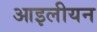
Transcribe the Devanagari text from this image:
आइलीयन